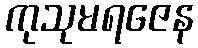
ကုသုမရဇေန